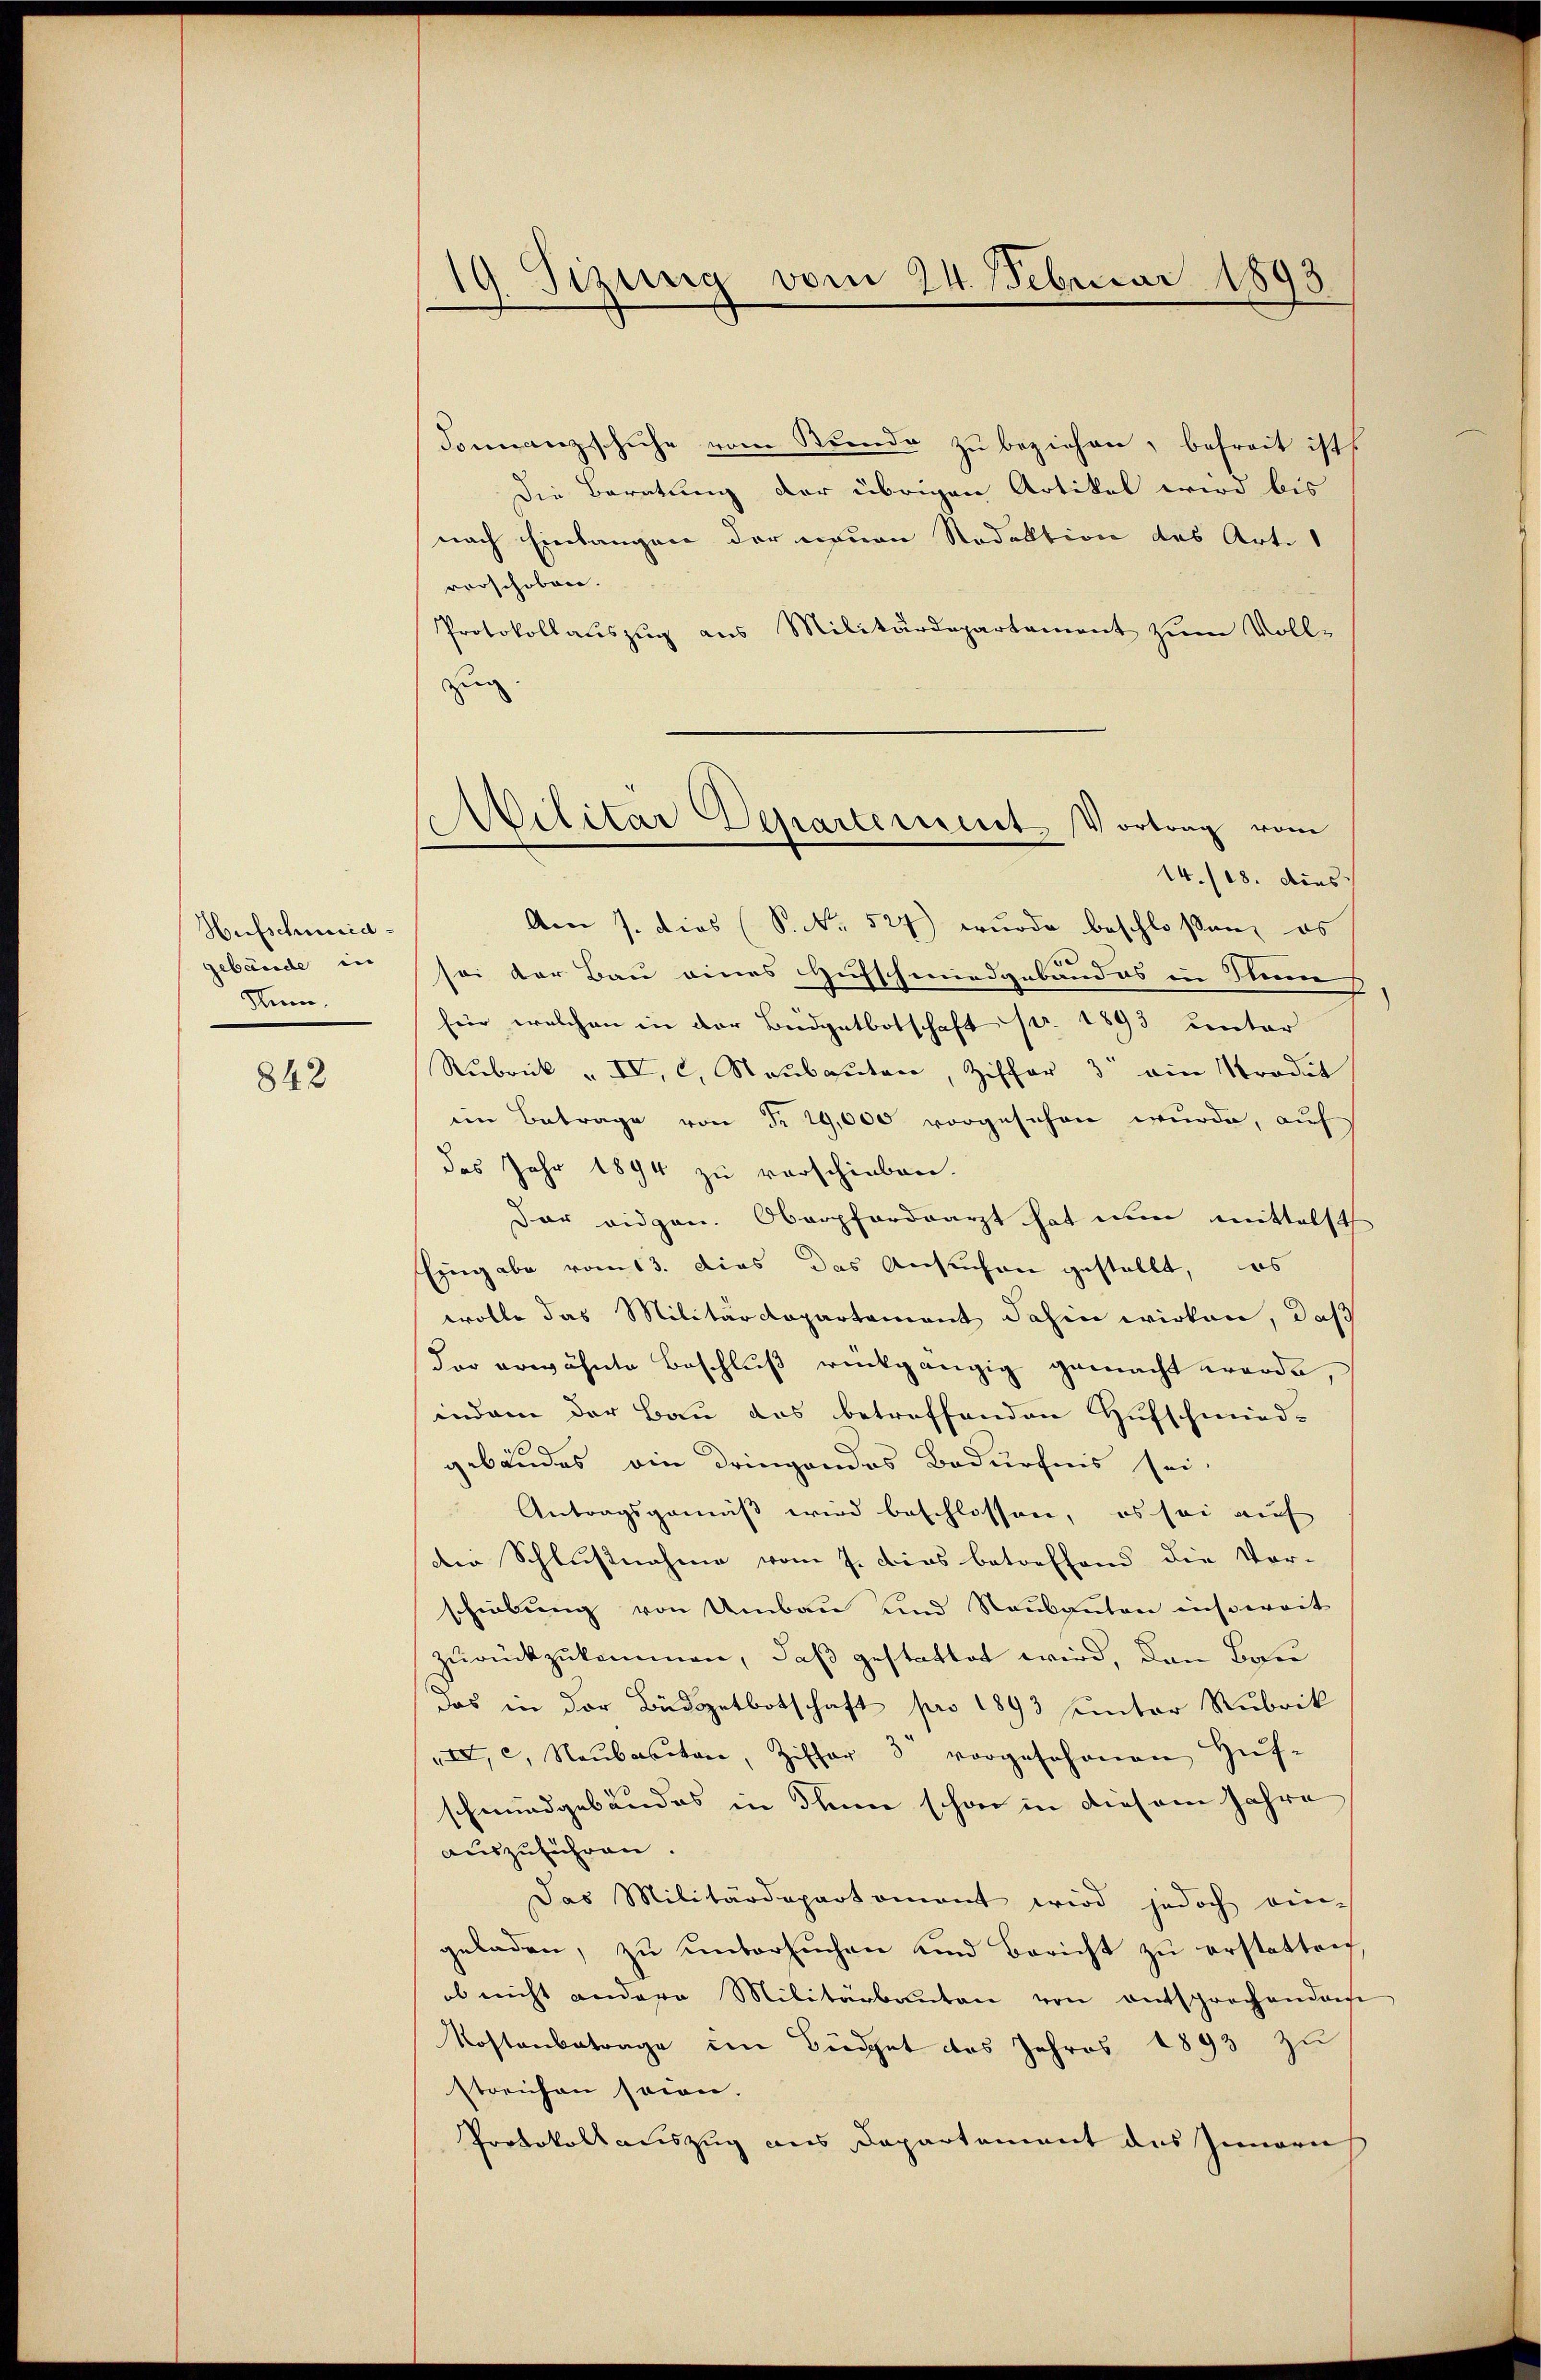
Hufschunidgebäude in
Sum

842

19. Sizung vom 24. Februar 1893

Fonnanzschuhe vom Stunde zu beziehen, befreit ist
Die Beratung der übrigen Artikel wird bis
nach Einlangen der neuen Redaktion des Art.
verschoben.
Protokollauszug aus Militärdepartament zum Voll-
zug.
14./18. dies
Am 7. dies (S. 527) wurde beschlossen, es
sei der Bau eines Hufschmiedgebäudes in Steine,
fein welchen in der Budgetbotschaft pr. 1893 unter
Rubrik „ IV, c. Neŭbaŭten, Ziffer 3 ein Stradit
ein Betrage von Fr. 29,000 vorgesehen wurde, auf
das Jahr 1894 zu verschieben.
Dar eidgen. Oberpfordearzt hat nun mittelst
Eingabe vom 13. dies das Ansuchen gestellt, das
wolle das Militärdepartement dahin wirken, daß
der erwähnte Beschluß rückgängig gemacht werde,
indem der Bau das betreffenden Hufschmied-
gebäudes ein dringendes Bedürfnis sei.
Antragsgemäß wird beschlossen, es sei auf
der Schlußnahme vom 7. dies betreffend die Vor-
schiebung von Umbau und Neubauten insoweit
zurückzukommen, daß gestattet wird, den Bau
das in der Büdgetbotschaft pro 1893 unter Rubrik
III, c, Naubarten, Ziffer 3 vorgefahrnen Huf-
schmiedgebäudes in Thun schon in diesem Jahre
auszuführen
Das Militärdepartement wird jedoch ein-
geladen, zu untersuchen und Bericht zu erstatten,
ob nicht andere Militärbauten von entsprochendenhe
Kostenbetrage im Büdget des Jahres 1893 zu
streichen seien.
Protokollauszug aus Departement des Innern

Atilitar Departement Vortrag vom